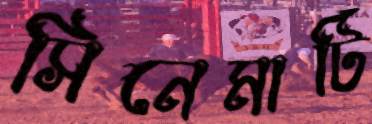
সিনেমাটি